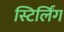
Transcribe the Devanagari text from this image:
स्टिर्लिंग